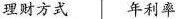
理财方式 年利率